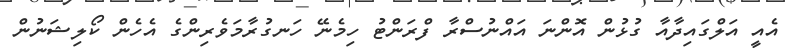
އެއީ އަލްގައިދާއާ ގުޅުން އޮންނަ އައްނުސްރާ ފްރަންޓު ހިމެނޭ ހަނގުރާމަވެރިންގެ އެހެން ކޯލިޝަނުން